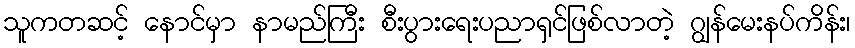
သူကတဆင့် နောင်မှာ နာမည်ကြီး စီးပွားရေးပညာရှင်ဖြစ်လာတဲ့ ဂျွန်မေးနပ်ကိန်း၊